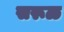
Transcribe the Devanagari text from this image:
सरूळ